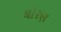
ઘોરણ